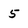
Character: 5